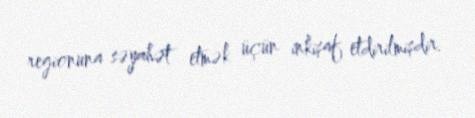
regionuna səyahət etmək üçün inkişaf etdirilmişdir.